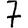
Digit: 7